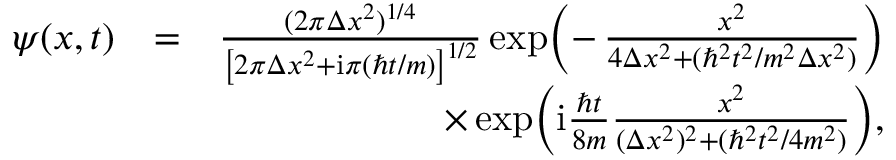
\begin{array} { r l r } { \psi ( x , t ) } & { = } & { \frac { ( 2 \pi \Delta x ^ { 2 } ) ^ { 1 / 4 } } { \left[ 2 \pi \Delta x ^ { 2 } + \mathrm { i } \pi ( \hbar t / m ) \right] ^ { 1 / 2 } } \exp \! \left( - \, \frac { x ^ { 2 } } { 4 \Delta x ^ { 2 } + ( \hbar ^ { 2 } t ^ { 2 } / m ^ { 2 } \Delta x ^ { 2 } ) } \right) } \\ & { } & { \times \exp \! \left( \mathrm { i } \frac { \hbar t } { 8 m } \frac { x ^ { 2 } } { ( \Delta x ^ { 2 } ) ^ { 2 } + ( \hbar ^ { 2 } t ^ { 2 } / 4 m ^ { 2 } ) } \right) \! , } \end{array}